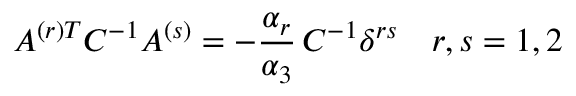
A ^ { ( r ) T } C ^ { - 1 } A ^ { ( s ) } = - { \frac { \alpha _ { r } } { \alpha _ { 3 } } } \, C ^ { - 1 } \delta ^ { r s } \quad r , s = 1 , 2